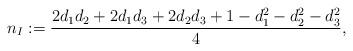
LaTeX: \begin{align*} n_I:=\frac{2d_1d_2+2d_1d_3+2d_2d_3+1-d_1^2-d_2^2-d_3^2}{4}, \end{align*}